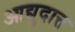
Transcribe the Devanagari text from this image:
आद्युदात्त